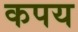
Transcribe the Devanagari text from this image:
कपय